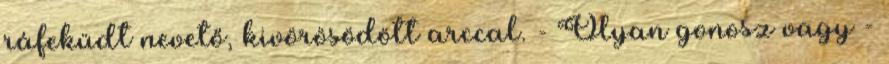
ráfeküdt nevető, kivörösödött arccal. - Olyan gonosz vagy -